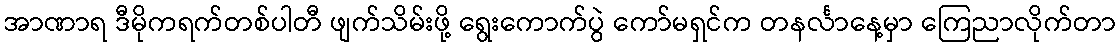
အာဏာရ ဒီမိုကရက်တစ်ပါတီ ဖျက်သိမ်းဖို့ ရွေးကောက်ပွဲ ကော်မရှင်က တနင်္လာနေ့မှာ ကြေညာလိုက်တာ